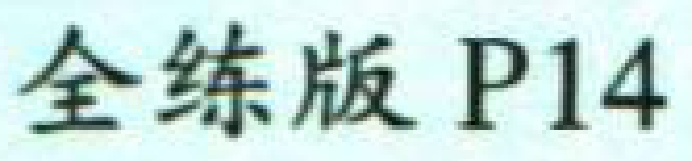
全练版 P14